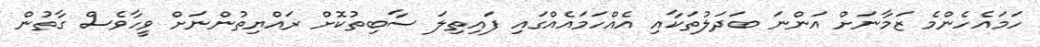
ހަމައެހެންމެ ޒަމާނަށް އަންނަ ބަދަލުތަކާއި އެއްހަމައެއްގައި ފައިތިލަ ސާބިތުކޮށް ރައްޔިތުންނަށް ވީހާވެސް ގާތުން